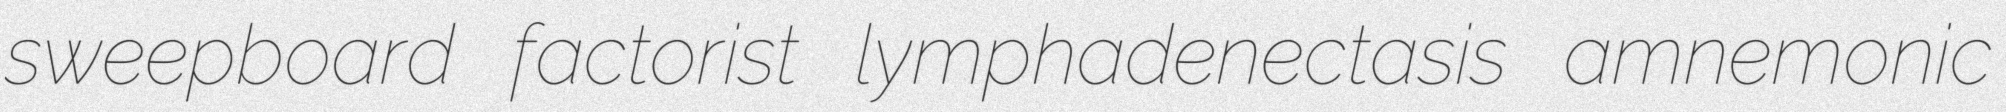
sweepboard factorist lymphadenectasis amnemonic